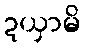
ဍယှာမိ